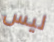
ليس